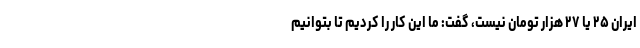
ایران ۲۵ یا ۲۷ هزار تومان نیست، گفت: ما این کار را کردیم تا بتوانیم